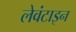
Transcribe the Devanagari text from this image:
लेवंटाइन